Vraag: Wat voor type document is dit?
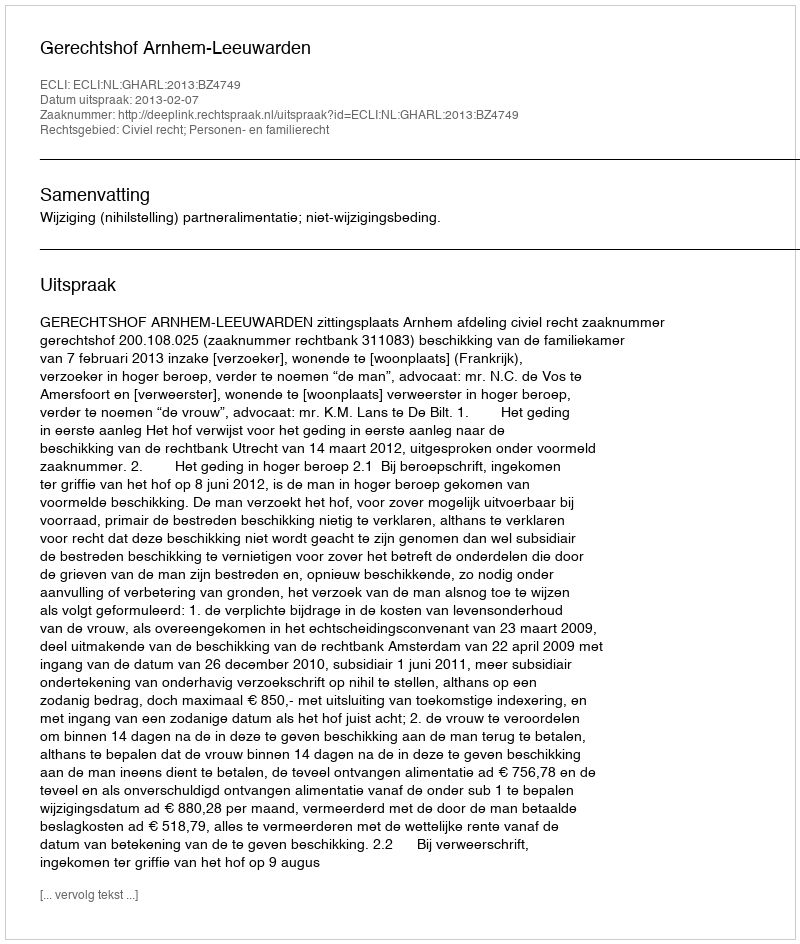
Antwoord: Uitspraak